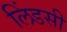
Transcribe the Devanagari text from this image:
लिंडसी